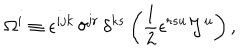
\Omega ^ { i } \equiv \epsilon ^ { i j k } \, \delta ^ { j r } \, \delta ^ { k s } \left( \frac { 1 } { 2 } \epsilon ^ { r s u } { \cal J } ^ { u } \right) ,